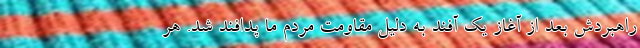
راهبردش بعد از آغاز یک آفند به دلیل مقاومت مردم ما پدافند شد. هر